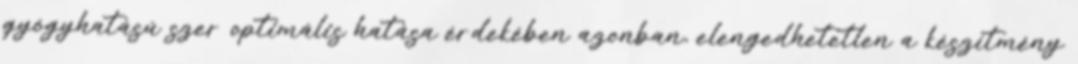
gyógyhatású szer optimális hatása érdekében azonban, elengedhetetlen a készítmény